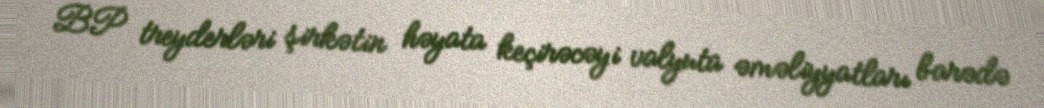
BP treyderləri şirkətin həyata keçirəcəyi valyuta əməliyyatları barədə